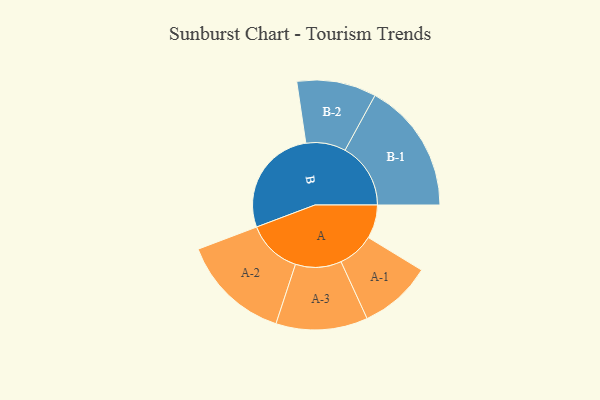
{"axis": {"x": "Segment", "y": "Value"}, "legend": ["", "A", "B"], "data": [{"x": "A", "y": 148, "type": ""}, {"x": "B", "y": 482, "type": ""}, {"x": "A-1", "y": 160, "type": "A"}, {"x": "A-2", "y": 241, "type": "A"}, {"x": "A-3", "y": 202, "type": "A"}, {"x": "B-1", "y": 289, "type": "B"}, {"x": "B-2", "y": 175, "type": "B"}]}